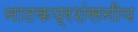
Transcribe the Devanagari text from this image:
नाटकप्रशंसनीय